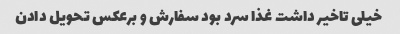
خیلی تاخیر داشت غذا سرد بود سفارش و برعکس تحویل دادن